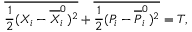
\overline { { \frac { 1 } { 2 } ( { X } _ { i } - { \overline { { X } } } _ { i } ^ { 0 } ) ^ { 2 } } } + \overline { { \frac { 1 } { 2 } ( { P } _ { i } - { \overline { { P } } } _ { i } ^ { 0 } ) ^ { 2 } } } = T ,